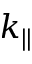
k _ { \parallel }